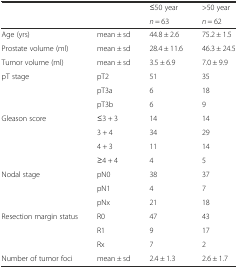
| <ROWSPAN=2>  | <ROWSPAN=2>  | ≤50 year | >50 year |
 | n = 63 | n = 62 |
 | --- | --- | --- | --- |
 | Age (yrs) | mean ± sd | 44.8 ± 2.6 | 75.2 ± 1.5 |
 | Prostate volume (ml) | mean ± sd | 28.4 ± 11.6 | 46.3 ± 24.5 |
 | Tumor volume (ml) | mean ± sd | 3.5 ± 6.9 | 7.0 ± 9.9 |
 | <ROWSPAN=3> pT stage | pT2 | 51 | 35 |
 | pT3a | 6 | 18 |
 | pT3b | 6 | 9 |
 | <ROWSPAN=4> Gleason score | ≤3 + 3 | 14 | 14 |
 | 3 + 4 | 34 | 29 |
 | 4 + 3 | 11 | 14 |
 | ≥4 + 4 | 4 | 5 |
 | <ROWSPAN=3> Nodal stage | pN0 | 38 | 37 |
 | pN1 | 4 | 7 |
 | pNx | 21 | 18 |
 | <ROWSPAN=3> Resection margin status | R0 | 47 | 43 |
 | R1 | 9 | 17 |
 | Rx | 7 | 2 |
 | Number of tumor foci | mean ± sd | 2.4 ± 1.3 | 2.6 ± 1.7 |